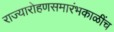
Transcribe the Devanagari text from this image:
राज्यारोहणसमारंभकाळींच